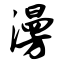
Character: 漫